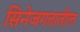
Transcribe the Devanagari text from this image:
सिनेजगतातील